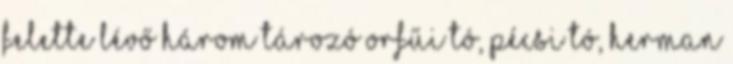
felette lévő három tározó Orfűi tó, Pécsi tó, Herman